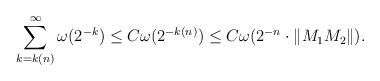
LaTeX: \begin{align*}\sum_{k=k(n)}^{\infty} \omega(2^{-k})\leq C\omega(2^{-k(n)})\leq C\omega(2^{-n}\cdot \|M_1M_2\|).\end{align*}